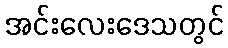
အင်းလေးဒေသတွင်